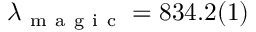
\lambda _ { \mathrm { ~ m ~ a ~ g ~ i ~ c ~ } } = 8 3 4 . 2 ( 1 )